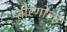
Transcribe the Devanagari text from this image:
तीरगोला